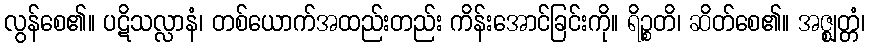
လွန်စေ၏။ ပဋိသလ္လာနံ၊ တစ်ယောက်အထည်းတည်း ကိန်းအောင်ခြင်းကို။ ရိဉ္စတိ၊ ဆိတ်စေ၏။ အဇ္ဈတ္တံ၊